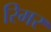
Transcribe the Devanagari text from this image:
रिमर